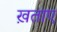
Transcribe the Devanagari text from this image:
ख़ताए